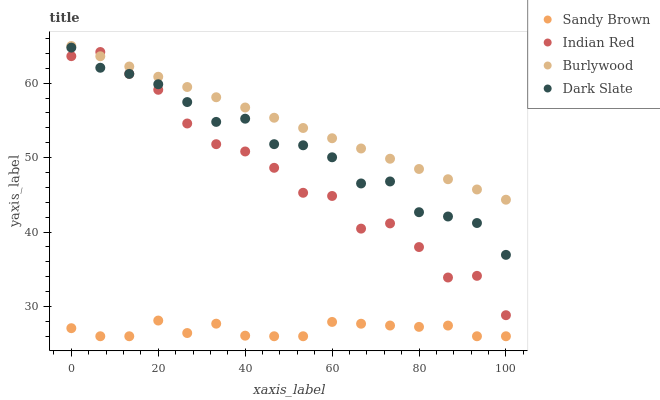
| xaxis_label | Sandy Brown | Indian Red | Burlywood | Dark Slate |
 | --- | --- | --- | --- | --- |
 | 0 | 27.1 | 63.6 | 65 | 64.8 |
 | 6.67 | 26 | 64.2 | 63.6 | 62.1 |
 | 13.3 | 26 | 61.3 | 62.2 | 61.3 |
 | 20 | 28.1 | 59.1 | 60.9 | 59.9 |
 | 26.7 | 26.4 | 54.6 | 59.5 | 57.5 |
 | 33.3 | 27.7 | 51.8 | 58.1 | 54.8 |
 | 40 | 26.1 | 50.8 | 56.7 | 55.2 |
 | 46.7 | 26 | 48.6 | 55.4 | 51.8 |
 | 53.3 | 26 | 45.3 | 54 | 51.7 |
 | 60 | 27.9 | 44.9 | 52.6 | 50 |
 | 66.7 | 27.7 | 40.5 | 51.2 | 46.5 |
 | 73.3 | 27.4 | 41.2 | 49.9 | 46.8 |
 | 80 | 27.3 | 38 | 48.5 | 42.7 |
 | 86.7 | 27.4 | 33.9 | 47.1 | 42.1 |
 | 93.3 | 26 | 34.1 | 45.7 | 41.2 |
 | 100 | 26 | 28.8 | 44.3 | 36.9 |